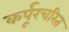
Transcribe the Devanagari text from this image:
कर्पूरचरित